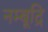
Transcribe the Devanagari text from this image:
नम्बूद्रि